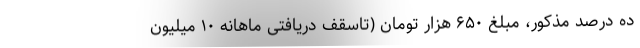
ده درصد مذکور، مبلغ ۶۵۰ هزار تومان (تاسقف دریافتی ماهانه ۱۰ میلیون